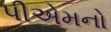
પીએમનો